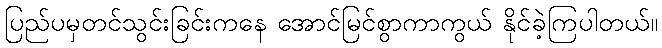
ပြည်ပမှတင်သွင်းခြင်းကနေ အောင်မြင်စွာကာကွယ် နိုင်ခဲ့ကြပါတယ်။